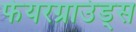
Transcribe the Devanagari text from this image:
फेयरग्राउंड्स